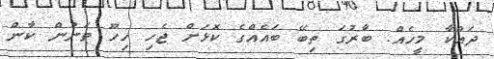
ދައްކާ މީހެއް. ބާރުގަ ތިބޭ ބައެއްގެ ކޮޅަށް ޖެހި ހިހޫ ތަނުން ކާން